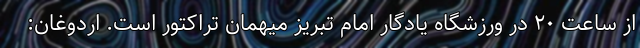
از ساعت ۲۰ در ورزشگاه یادگار امام تبریز میهمان تراکتور است. اردوغان: